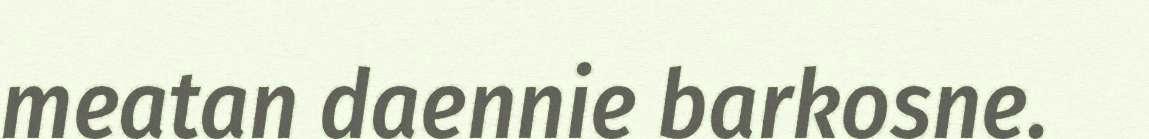
meatan daennie barkosne.